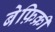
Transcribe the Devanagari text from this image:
बेफ़िक्री